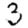
Digit: 3